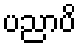
ပညာပိ